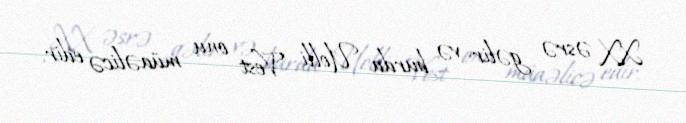
XX əsrə gəlir və burda Uolli Vest onu müaəlicə edir.